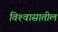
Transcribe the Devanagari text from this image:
विश्‍वासातील